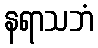
နရာသဘံ